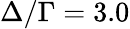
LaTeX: \Delta/\Gamma=3.0